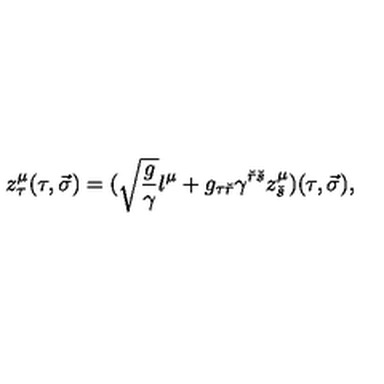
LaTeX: z _ { \tau } ^ { \mu } ( \tau , \vec { \sigma } ) = ( \sqrt { { \frac { g } { \gamma } } } l ^ { \mu } + g _ { \tau { \check { r } } } \gamma ^ { { \check { r } } { \check { s } } } z _ { \check { s } } ^ { \mu } ) ( \tau , \vec { \sigma } ) ,